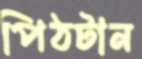
পিঠটান